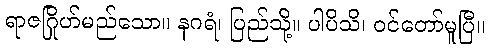
ရာဇဂြိုဟ်မည်သော။ နဂရံ၊ ပြည်သို့။ ပါပိသိ၊ ဝင်တော်မူပြီ။